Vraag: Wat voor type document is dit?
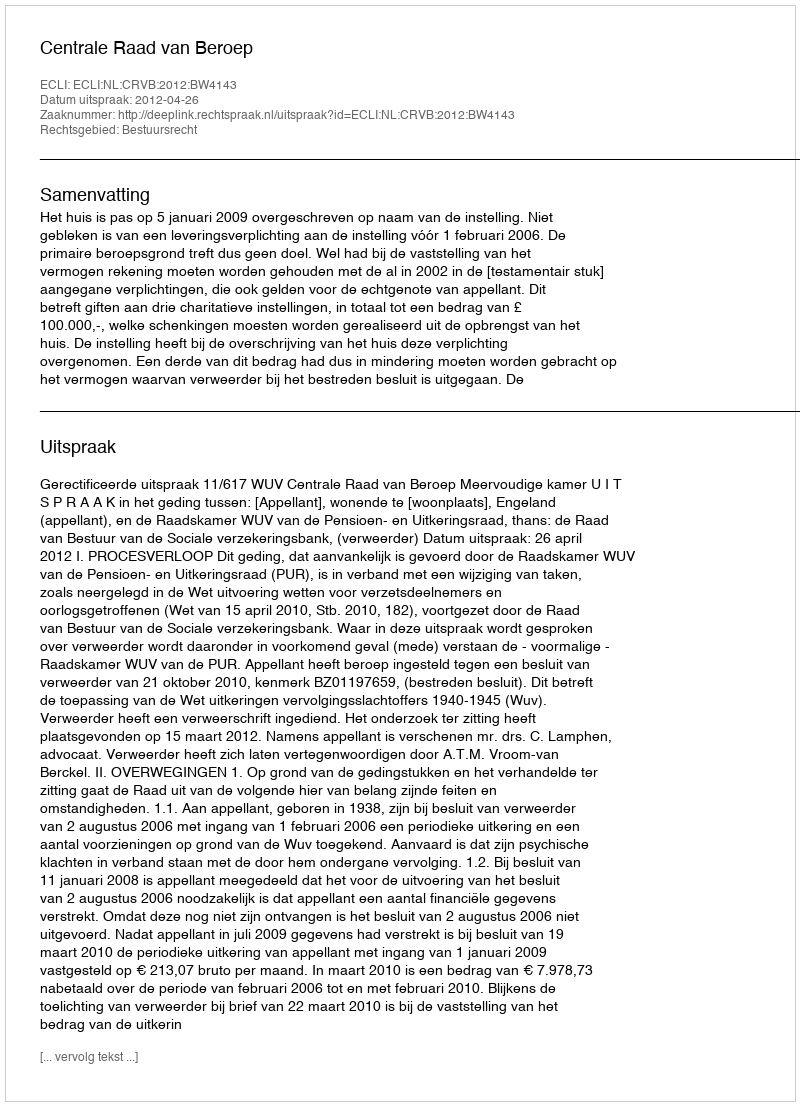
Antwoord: Uitspraak